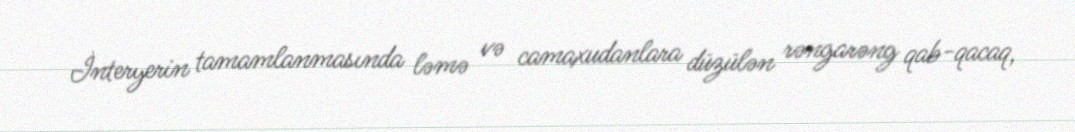
İnteryerin tamamlanmasında ləmə və camaxudanlara düzülən rəngarəng qab-qacaq,